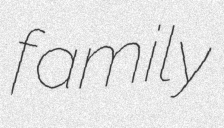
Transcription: family